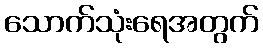
သောက်သုံးရေအတွက်